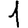
Digit: 1